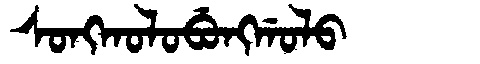
Manchu: ᠰᠣᠩᡴᠣᠯᠣᠪᡠᠩᡤᠣᠯᠣ
Romanization: SONGKOLOBUNGGOLO